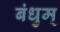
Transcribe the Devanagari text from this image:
बंधुम्